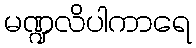
မဏ္ဍလိပါကာရေ